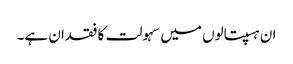
ان ہسپتالوں میں سہولت کا فقدان ہے۔